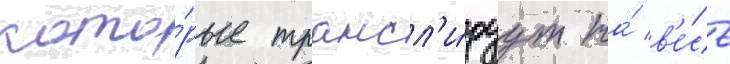
кото́рые трансл'и́руут на́ в'е́сь